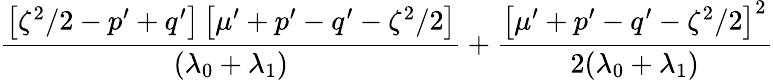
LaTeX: \frac{\left[\zeta^{2}/2-p^{\prime}+q^{\prime}\right]\left[\mu^{\prime}+p^{\prime}-q^{\prime}-\zeta^{2}/2\right]}{(\lambda_{0}+\lambda_{1})}+\frac{\left[\mu^{\prime}+p^{\prime}-q^{\prime}-\zeta^{2}/2\right]^{2}}{2(\lambda_{0}+\lambda_{1})}